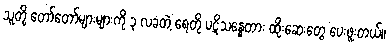
သူတို့ တော်တော်များများကို ၃ လခံတဲ့ ရေတို ပဋိသန္ဓေတား ထိုးဆေးတွေ ပေးဖူးတယ်။